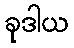
ခုဒါယ